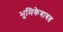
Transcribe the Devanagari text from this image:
भूमिकेबाबत